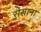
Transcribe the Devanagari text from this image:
रोसाना